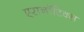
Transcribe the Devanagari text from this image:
एरानाॅटिक्स